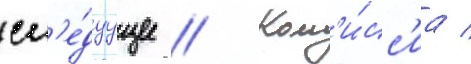
сл'е́дуущее // Ком'и́сс'иа /